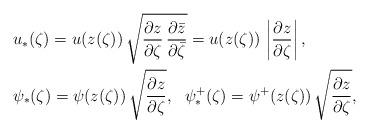
LaTeX: \begin{align*}&u_*(\zeta)=u(z(\zeta))\,\sqrt{\frac{\partial z}{\partial \zeta}\,\frac{\partial\bar z}{\partial\bar\zeta} }= u(z(\zeta))\, \left|\frac{\partial z}{\partial \zeta}\right|, \\ &\psi_*(\zeta)=\psi(z(\zeta))\,\sqrt{\frac{\partial z}{\partial \zeta}},\ \ \psi^+_*(\zeta)=\psi^+(z(\zeta))\,\sqrt{\frac{\partial z}{\partial \zeta}}, \end{align*}